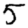
Digit: 5